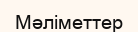
Мәліметтер